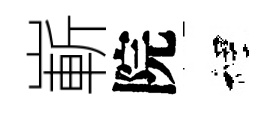
嶄院裡